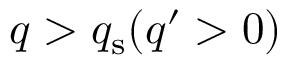
q > q _ { \mathrm { s } } ( q ^ { \prime } > 0 )